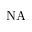
\mathrm { N A }